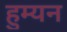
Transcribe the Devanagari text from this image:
हुम्यन